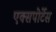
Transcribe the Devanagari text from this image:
एक्सपोर्टेस